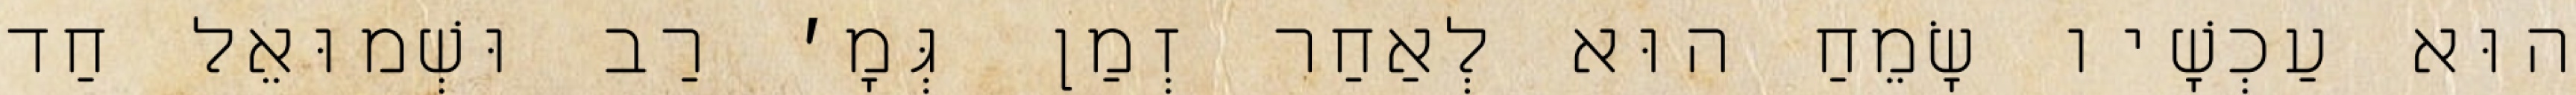
הוּא עַכְשָׁיו שָׂמֵחַ הוּא לְאַחַר זְמַן גְּמָ׳ רַב וּשְׁמוּאֵל חַד